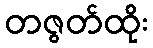
တဇွတ်ထိုး